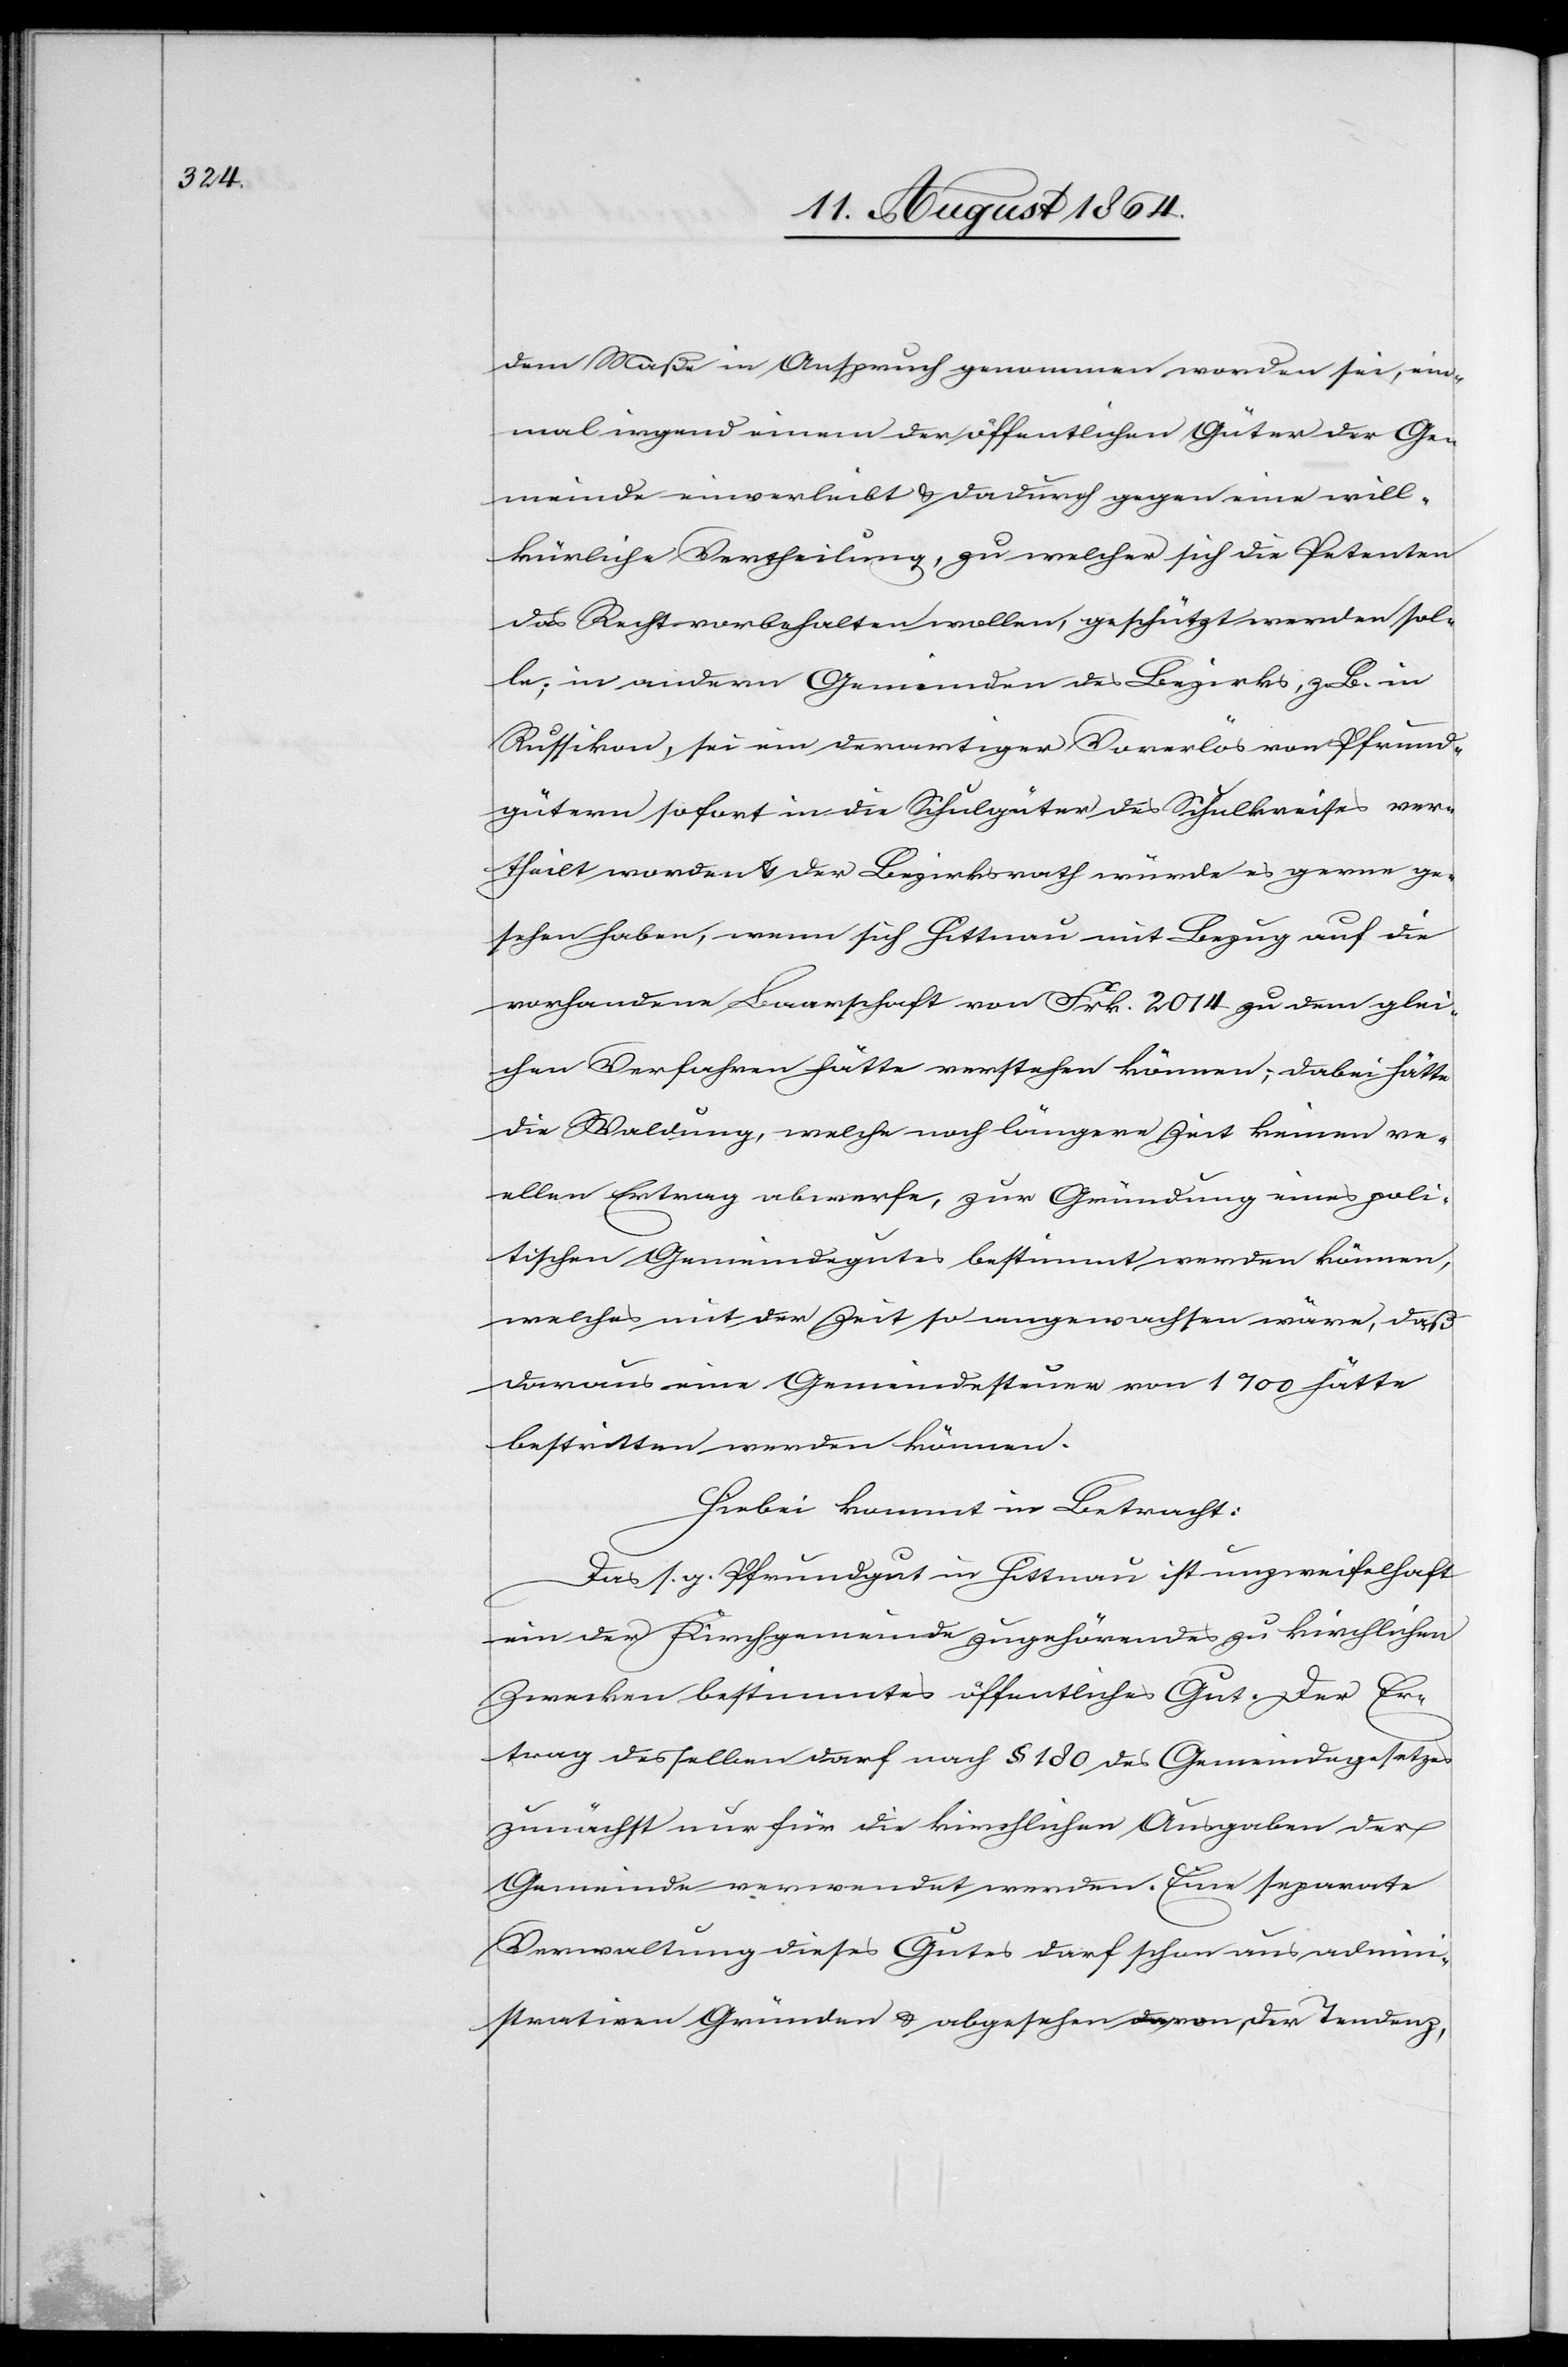
dem Maße in Anspruch genommen worden sei, ein¬
mal irgend einem der öffentlichen Güter der Ge¬
meinde einverleibt & dadurch gegen eine will¬
kürliche Vertheilung, zu welcher sich die Petenten
das Recht vorbehalten wollen, geschützt werden sol¬
le; in andern Gemeinden des Bezirks, z. B. in
Russikon, sei ein derartiger Vorerlös von Pfrund¬
gütern sofort in die Schulgüter des Schulkreises ver¬
theilt worden & der Bezirksrath würde es gerne ge¬
sehen haben, wenn sich Hittnau mit Bezug auf die
vorhandene Baarschaft von Frk. 2014 zu dem glei¬
chen Verfahren hätte verstehen können; dabei hätte
die Waldung, welche nach längerer Zeit keinen re¬
elen Ertrag abwerfe, zur Gründung eines poli¬
tischen Gemeindsgutes bestimmt werden können,
welches mit der Zeit so angewachsen wäre, daß
daraus eine Gemeindesteuer von 1‰ hätte
bestritten werden können.
Hiebei kommt in Betracht:
Das s. g. Pfrundgut in Hittnau ist unzweifelhaft
ein der Kirchgemeinde zugehörendes zu kirchlichen
Zwecken bestimmtes öffentliches Gut. Der Er¬
trag desselben darf nach § 180 des Gemeindegesetzes
zunächst nur für die kirchlichen Ausgaben der
Gemeinde verwendet werden. Eine separate
Verwaltung dieses Gutes darf schon aus admini¬
strativen Gründen & abgesehen a-da-avon, der Tendenz,